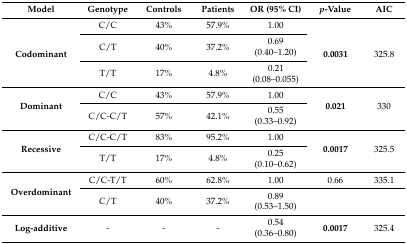
| Model | Genotype | Controls | Patients | OR (95% CI) | p-Value | AIC |
 | --- | --- | --- | --- | --- | --- | --- |
 | <ROWSPAN=3> Codominant | C/C | 43% | 57.9% | 1.00 | <ROWSPAN=3> 0.0031 | <ROWSPAN=3> 325.8 |
 | C/T | 40% | 37.2% | 0.69 (0.40–1.20) |
 | T/T | 17% | 4.8% | 0.21 (0.08–0.055) |
 | <ROWSPAN=2> Dominant | C/C | 43% | 57.9% | 1.00 | <ROWSPAN=2> 0.021 | <ROWSPAN=2> 330 |
 | C/C-C/T | 57% | 42.1% | 0.55 (0.33–0.92) |
 | <ROWSPAN=2> Recessive | C/C-C/T | 83% | 95.2% | 1.00 | <ROWSPAN=2> 0.0017 | <ROWSPAN=2> 325.5 |
 | T/T | 17% | 4.8% | 0.25 (0.10–0.62) |
 | <ROWSPAN=2> Overdominant | C/C-T/T | 60% | 62.8% | 1.00 | 0.66 | 335.1 |
 | C/T | 40% | 37.2% | 0.89 (0.53–1.50) |  |  |
 | Log-additive | - | - | - | 0.54 (0.36–0.80) | 0.0017 | 325.4 |